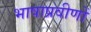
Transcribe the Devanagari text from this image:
भाषाप्रवीणों